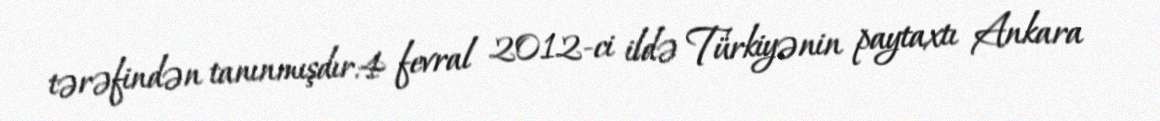
tərəfindən tanınmışdır.4 fevral 2012-ci ildə Türkiyənin paytaxtı Ankara